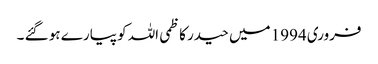
فروری 1994 میں حیدر کاظمی اللہ کو پیارے ہو گئے ۔